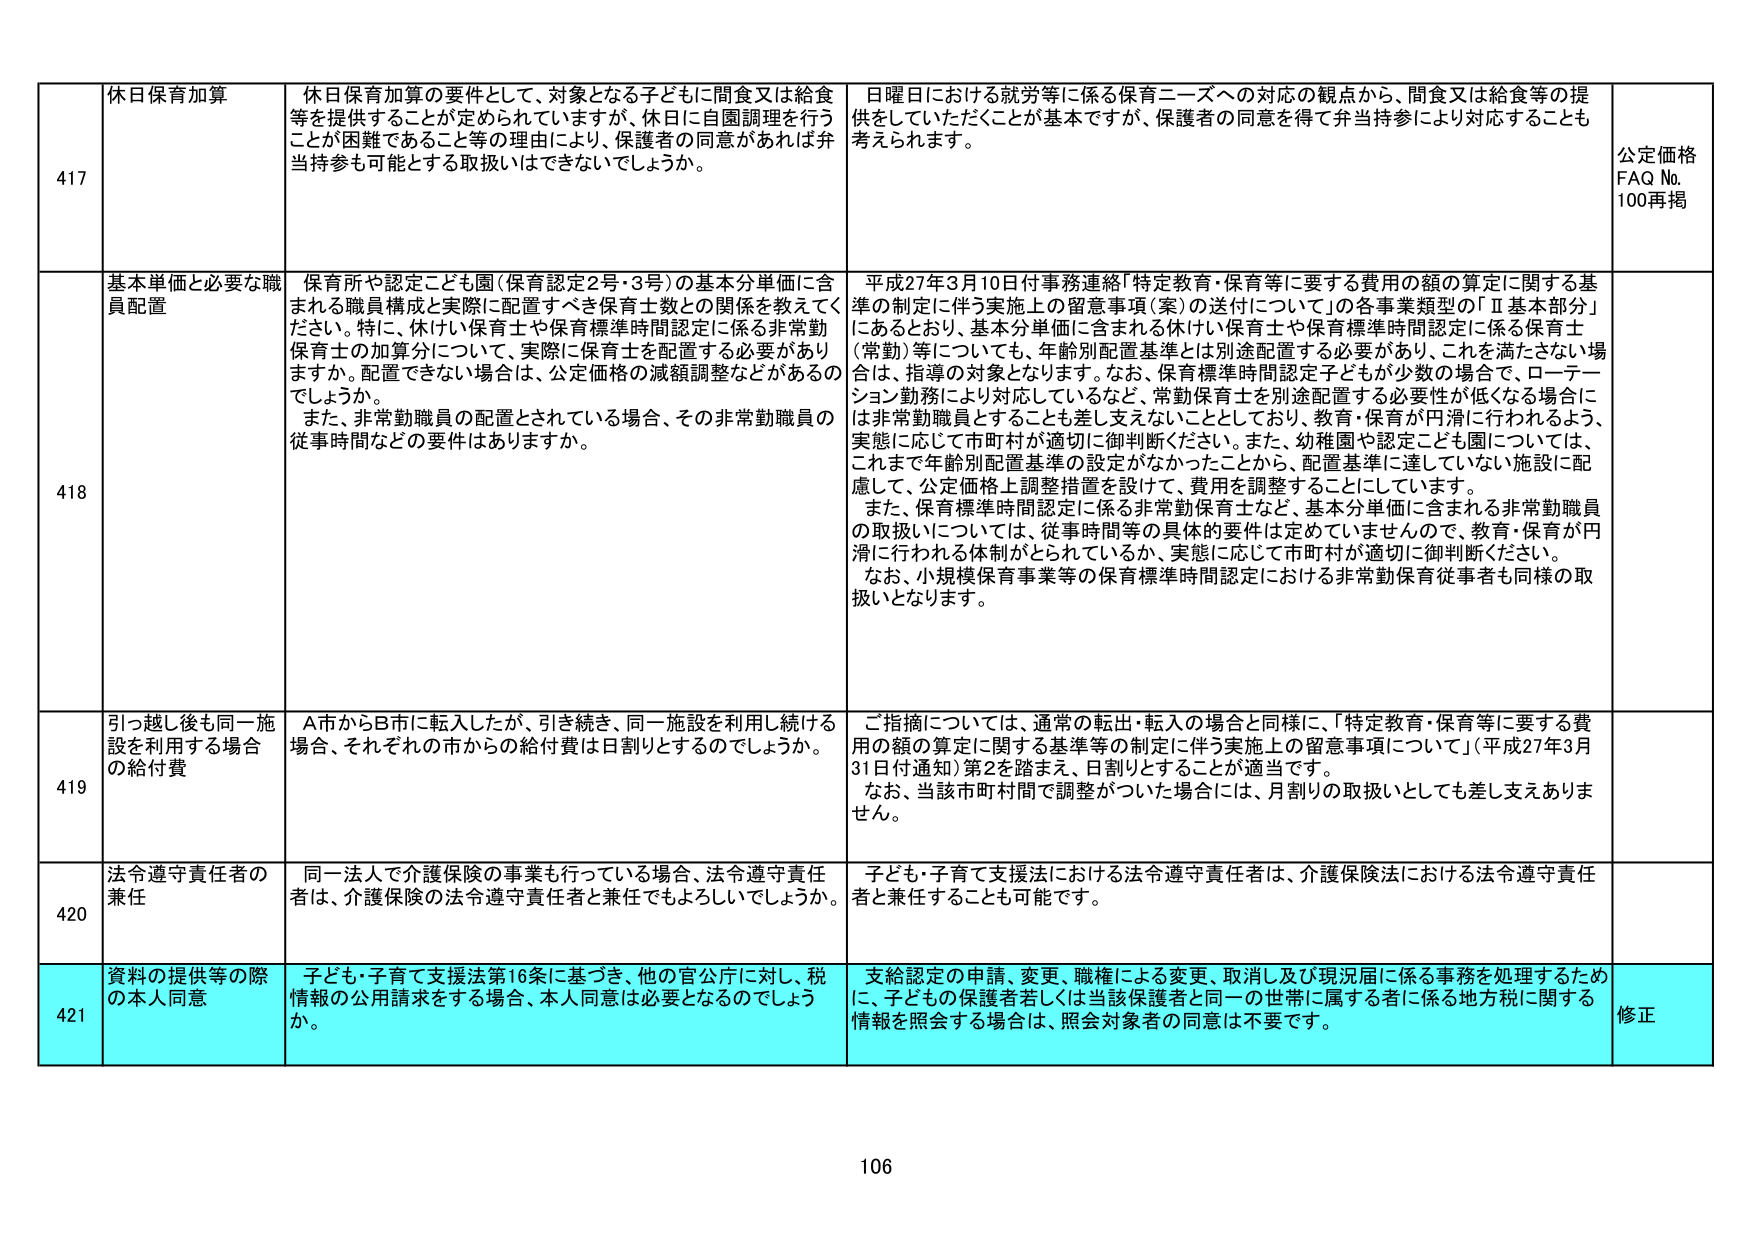
417 休日保育加算 休日保育加算の要件として、対象となる子どもに間食又は給食等を提供することが定められていますが、休日に自園調理を行うことが困難であること等の理由により、保護者の同意があれば弁当持参も可能とする取扱いはできないでしょうか。 日曜日における就労等に係る保育ニーズへの対応の観点から、間食又は給食等の提供をしていただくことが基本ですが、保護者の同意を得て弁当持参により対応することも考えられます。 公定価格 FAQ No. 100再掲

418 基本単価と必要な職員配置 保育所や認定こども園（保育認定2号・3号）の基本分単価に含まれる職員構成と実際に配置すべき保育士数との関係を教えてください。特に、休けい保育士や保育標準時間認定に係る非常勤保育士の加算分について、実際に保育士を配置する必要があり ますか。配置できない場合は、公定価格の減額調整などがあるのでしょうか。 また、非常勤職員の配置とされている場合、その非常勤職員の従事時間などの要件はありますか。 平成27年3月10日付事務連絡「特定教育・保育等に要する費用の額の算定に関する基準の制定に伴う実施上の留意事項（案）の送付について」の各事業類型の「Ⅱ基本部分」にあるとおり、基本分単価に含まれる休けい保育士や保育標準時間認定に係る保育士（常勤）等についても、年齢別配置基準とは別途配置する必要があり、これを満たさない場合は、指導の対象となります。なお、保育標準時間認定子どもが少数の場合で、ローテーション勤務により対応しているなど、常勤保育士を別途配置する必要性が低くなる場合には非常勤職員とすることも差し支えないこととしており、教育・保育が円滑に行われるよう、実態に応じて市町村が適切に御判断ください。また、幼稚園や認定こども園については、これまで年齢別配置基準の設定がなかったことから、配置基準に達していない施設に配慮して、公定価格上調整措置を設けて、費用を調整することにしています。 また、保育標準時間認定に係る非常勤保育士など、基本分単価に含まれる非常勤職員の取扱いについては、従事時間等の具体的要件は定めていませんので、教育・保育が円滑に行われる体制がとられているか、実態に応じて市町村が適切に御判断ください。 なお、小規模保育事業等の保育標準時間認定における非常勤保育従事者も同様の取扱いとなります。

419 引っ越し後も同一施設を利用する場合の給付費 A市からB市に転入したが、引き続き、同一施設を利用し続ける場合、それぞれの市からの給付費は日割りとするのでしょうか。 ご指摘については、通常の転出・転入の場合と同様に、「特定教育・保育等に要する費用の額の算定に関する基準等の制定に伴う実施上の留意事項について」（平成27年3月31日付通知）第2を踏まえ、日割りとすることが適当です。 なお、当該市町村間で調整がついた場合には、月割りの取扱いとしても差し支えありません。

420 法令遵守責任者の兼任 同一法人で介護保険の事業も行っている場合、法令遵守責任者は、介護保険の法令遵守責任者と兼任でもよろしいでしょうか。 子ども・子育て支援法における法令遵守責任者は、介護保険法における法令遵守責任者と兼任することも可能です。

421 資料の提供等の際の本人同意 子ども・子育て支援法第16条に基づき、他の官公庁に対し、税情報の公開請求をする場合、本人同意は必要となるでしょうか。 支給認定の申請、変更、職権による変更、取消し及び現況届に係る事務を処理するために、子どもの保護者若しくは当該保護者と同一の世帯に属する者に係る地方税に関する情報を照会する場合は、照会対象者の同意は不要です。 修正

106